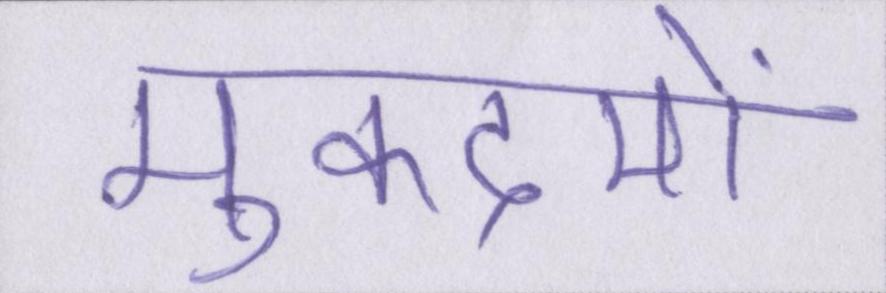
मुकदमों